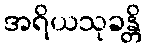
အရိယသုခန္တိ